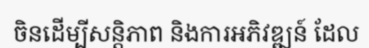
ចិនដើម្បីសន្តិភាព និងការអភិវឌ្ឍន៍ ដែល